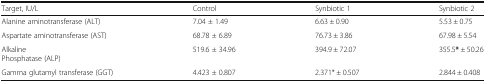
<table><thead><tr><td><b>Target, IU/L</b></td><td><b>Control</b></td><td><b>Synbiotic 1</b></td><td><b>Synbiotic 2</b></td></tr></thead><tbody><tr><td>Alanine aminotransferase (ALT)</td><td>7.04 ± 1.49</td><td>6.63 ± 0.90</td><td>5.53 ± 0.75</td></tr><tr><td>Aspartate aminotransferase (AST)</td><td>68.78 ± 6.89</td><td>76.73 ± 3.86</td><td>67.98 ± 5.54</td></tr><tr><td>AlkalinePhosphatase (ALP)</td><td>519.6 ± 34.96</td><td>394.9 ± 72.07</td><td>355.5<b>*</b> ± 50.26</td></tr><tr><td>Gamma glutamyl transferase (GGT)</td><td>4.423 ± 0.807</td><td>2.371* ± 0.507</td><td>2.844 ± 0.408</td></tr></tbody></table>